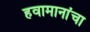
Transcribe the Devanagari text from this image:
हवामानांचा